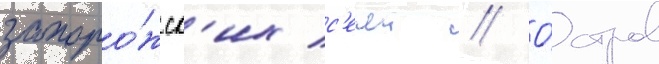
запоро́жск'их с'ечеи // О́стров